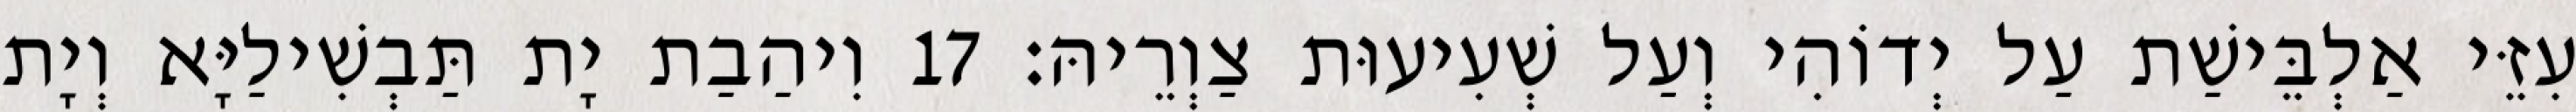
עִזֵּי אַלְבֵּישַׁת עַל יְדוֹהִי וְעַל שְׁעִיעוּת צַוְרֵיהּ׃ 17 וִיהַבַת יָת תַּבְשִׁילַיָּא וְיָת